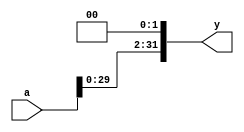
module shftl2 (
  input       [31:0] a,
  output wire [31:0] y
);

// left shift 32 bit input by 2 bits

assign y = {a[29:0], 2'b00};

endmodule